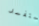
ستفسد